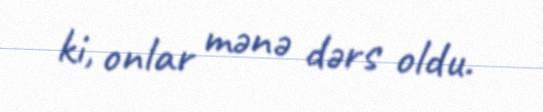
ki, onlar mənə dərs oldu.